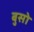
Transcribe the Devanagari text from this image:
बुसो